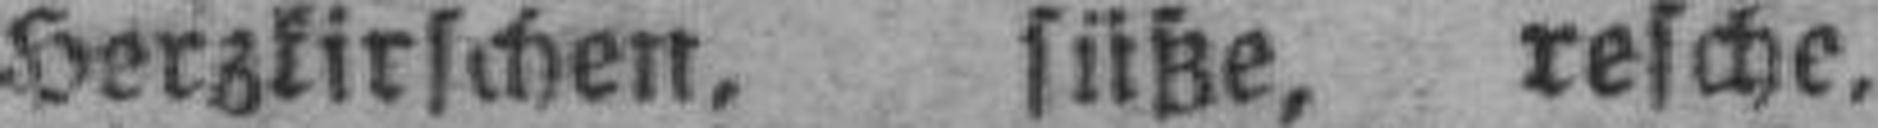
Herzkirschen, füße, reiche,